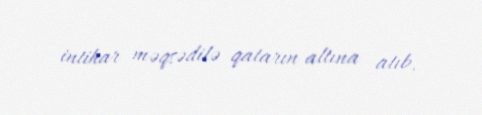
intihar məqsədilə qatarın altına atıb.